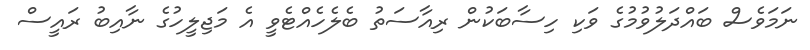
ނަމަވެސް ބައްދަލުވުމުގެ ވަކި ހިސާބަކުން ރިއާސަތު ބެލެހެއްޓެވީ އެ މަޖިލީހުގެ ނާއިބު ރައީސް